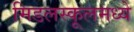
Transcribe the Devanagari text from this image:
मिडलस्कूलमध्ये